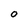
Character: O